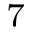
^ 7